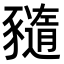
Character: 𧲈